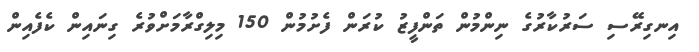
އިނގިރޭސި ސަރުކާރުގެ ނިންމުން ތަންފީޒު ކުރަން ފެށުމުން 150 މިލިގްރާމަށްވުރެ ގިނައިން ކެފެއިން